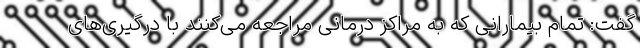
گفت: تمام بیمارانی که به مراکز درمانی مراجعه می‌کنند با درگیری‌های